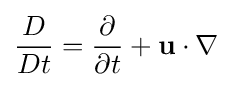
{\frac {D}{Dt}}={\frac {\partial }{\partial t}}+\mathbf {u} \cdot \nabla